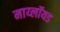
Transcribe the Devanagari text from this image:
माय्लॉयड